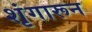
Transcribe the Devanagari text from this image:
शृंगारून